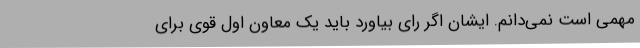
مهمی است نمی‌دانم. ایشان اگر رای بیاورد باید یک معاون اول قوی برای